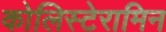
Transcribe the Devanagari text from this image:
कोलिस्टेरामिन